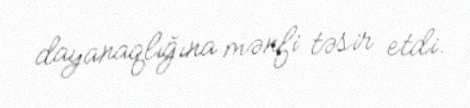
dayanaqlığına mənfi təsir etdi.